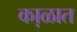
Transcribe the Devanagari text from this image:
का़ळात